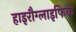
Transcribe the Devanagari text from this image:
हाइरौग्लाइफिक